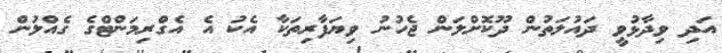
އަދި ވިދާޅުވީ ދައުލަތުން ދޫކޮށްލަން ޖެހުނު ވިޔަފާރިތަކާ އެކު އެ އެގްރިމަންޓްގެ ގެއްލުން